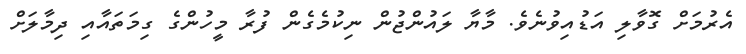
އެރުމަށް ގޮވާލި އަޑުއިވުނެވެ. މާޔާ ލައުންޖުން ނިކުމެގެން ފުރާ މީހުންގެ ގިމަތައާއި ދިމާލަށް